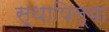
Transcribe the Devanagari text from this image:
स्थापिल्या